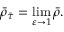
\bar { \rho } _ { \bar { \tau } } = \operatorname* { l i m } _ { \varepsilon \to 1 } \bar { \rho } .